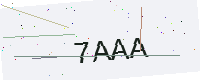
Text: 7AAA